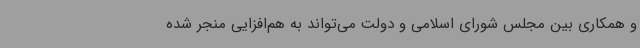
و همکاری بین مجلس شورای اسلامی و دولت می‌تواند به هم‌افزایی منجر شده